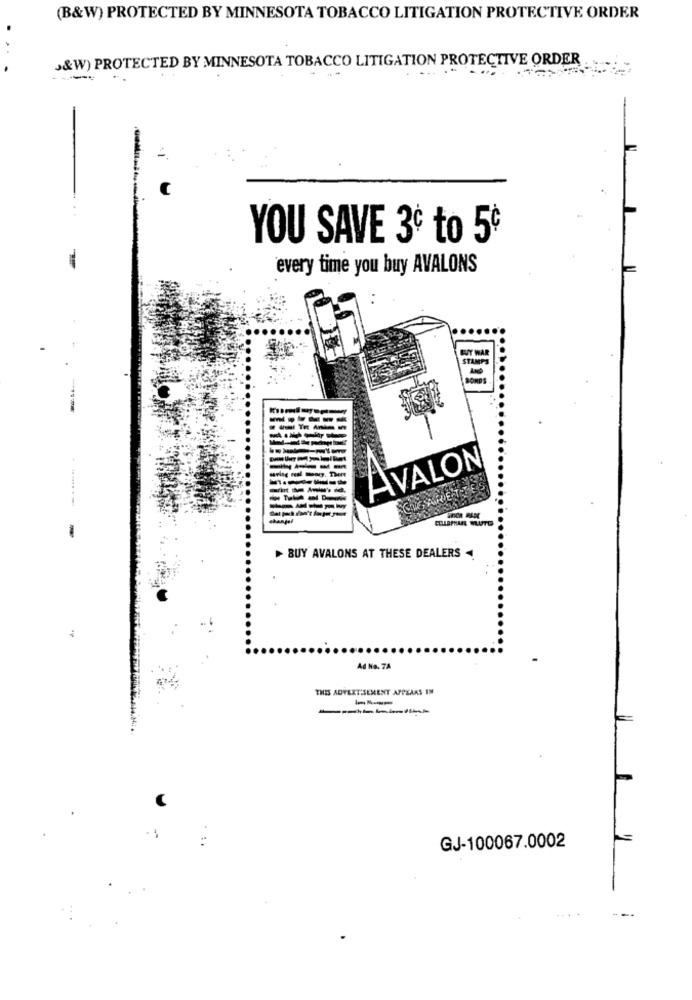
(B&W) PROTECTED BY MINNESOTA TOBACCO LITIGATION PROTECTIVE ORDER
...
J&W) PROTECTED BY MINNESOTA TOBACCO LITIGATION PROTECTIVE ORDER
....
YOU SAVE 3º to 5€
every time you buy AVALONS
AVALON
TGARETTES
-
BUY AVALONS AT THESE DEALERS
Ad No. 7A
THIS ADVERTISEMENT APPEARS IN
GJ-100067.0002